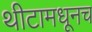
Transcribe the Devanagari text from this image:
थीटामधूनच